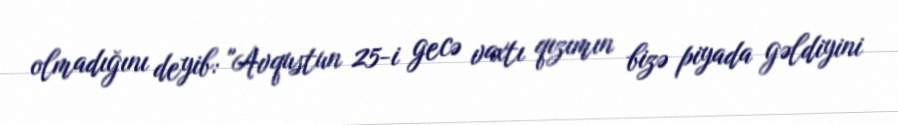
olmadığını deyib: "Avqustun 25-i gecə vaxtı qızımın bizə piyada gəldiyini